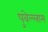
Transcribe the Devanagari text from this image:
पुवेल्लाम